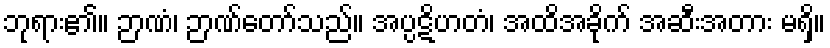
ဘုရား၏။ ဉာဏံ၊ ဉာဏ်တော်သည်။ အပ္ပဋိဟတံ၊ အထိအခိုက် အဆီးအတား မရှိ။